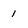
Character: 1